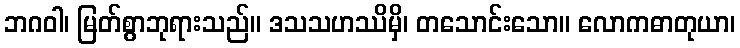
ဘဂဝါ၊ မြတ်စွာဘုရားသည်။ ဒသသဟဿိမှိ၊ တသောင်းသော။ လောကဓာတုယာ၊